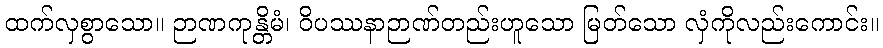
ထက်လှစွာသော။ ဉာဏကုန္တိမံ၊ ဝိပဿနာဉာဏ်တည်းဟူသော မြတ်သော လှံကိုလည်းကောင်း။